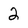
Character: 2